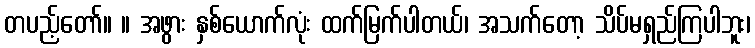
တပည့်တော်။ ။ အဖွား နှစ်ယောက်လုံး ထက်မြက်ပါတယ်၊ အသက်တော့ သိပ်မရှည်ကြပါဘူး၊